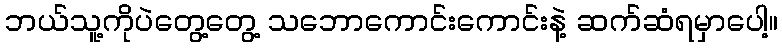
ဘယ်သူ့ကိုပဲတွေ့တွေ့ သဘောကောင်းကောင်းနဲ့ ဆက်ဆံရမှာပေါ့။